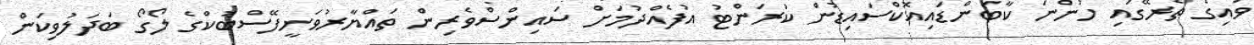
ވައިގެ ތެރޭގައި ހުންނަ ކާބަންޑައިއޮކްސައިޑުން ކަރަންޓު އުފެއްދުމަށް ސައިންސްވެރިން ތައްޔާރުވަނީފޭސްބުކްގެ ލޯގޯ ބަދަލުވިކަން